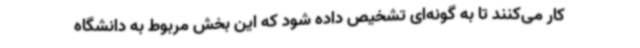
کار می‌کنند تا به گونه‌ای تشخیص داده شود که این بخش مربوط به دانشگاه